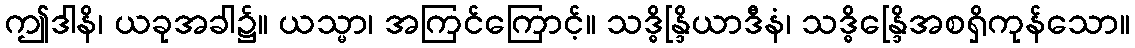
ဤဒါနိ၊ ယခုအခါ၌။ ယသ္မာ၊ အကြင်ကြောင့်။ သဒ္ဓိန္ဒြိယာဒီနံ၊ သဒ္ဓိန္ဒြေိအစရှိကုန်သော။